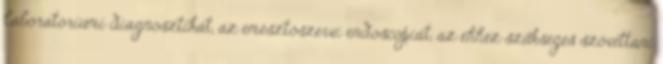
laboratóriumi diagnosztikát, az emésztőszervi endoscopiát, az ehhez szükséges szövettani